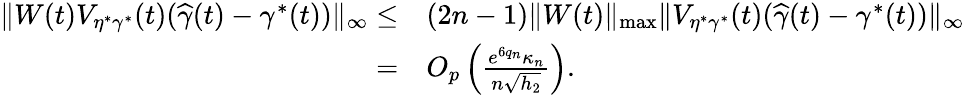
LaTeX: \begin{array}{rl}{\| W(t)V_{\eta^{*}\gamma^{*}}(t)(\widehat{\gamma}(t)-\gamma^{*}(t))\| _{\infty}\le}&{(2n-1)\| W(t)\| _{\operatorname*{max}}\| V_{\eta^{*}\gamma^{*}}(t)(\widehat{\gamma}(t)-\gamma^{*}(t))\| _{\infty}}\\ {=}&{O_{p}\left(\frac{e^{6q_{n}}\kappa_{n}}{n\sqrt{h_{2}}}\right).}\end{array}